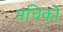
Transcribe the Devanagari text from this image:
मचिको